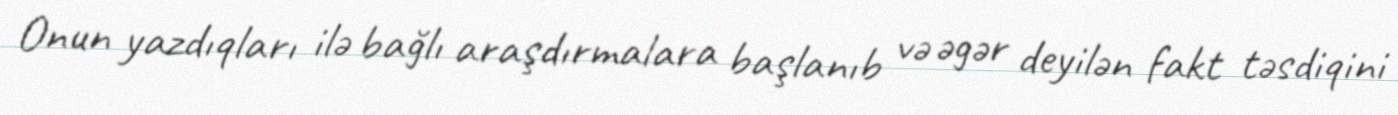
Onun yazdıqları ilə bağlı araşdırmalara başlanıb və əgər deyilən fakt təsdiqini